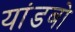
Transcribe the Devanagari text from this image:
यांडबो